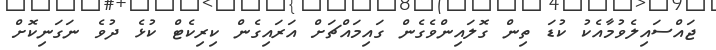
ޖައްސައިލެވުމާއެކު ކުޑަ ތިން ގޮލައިންވެގެން ގައިމައްޗަށް އަރައިގެން ކިރިކެޓް ކުޅެ ދުވެ ނަގަނިކޮށް